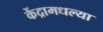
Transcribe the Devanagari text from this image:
केंद्रामधल्या